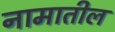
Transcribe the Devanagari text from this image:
नामातील